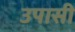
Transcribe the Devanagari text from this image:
उपासी